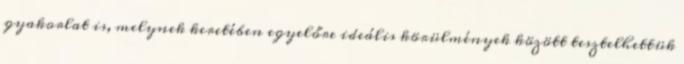
gyakorlat is, melynek keretében egyelőre ideális körülmények között tesztelhettük